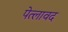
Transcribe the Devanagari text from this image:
पेत्लावद